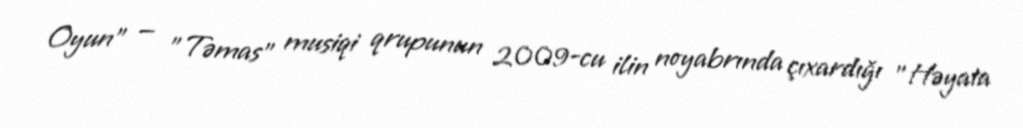
Oyun" — "Təmas" musiqi qrupunun 2009-cu ilin noyabrında çıxardığı "Həyata